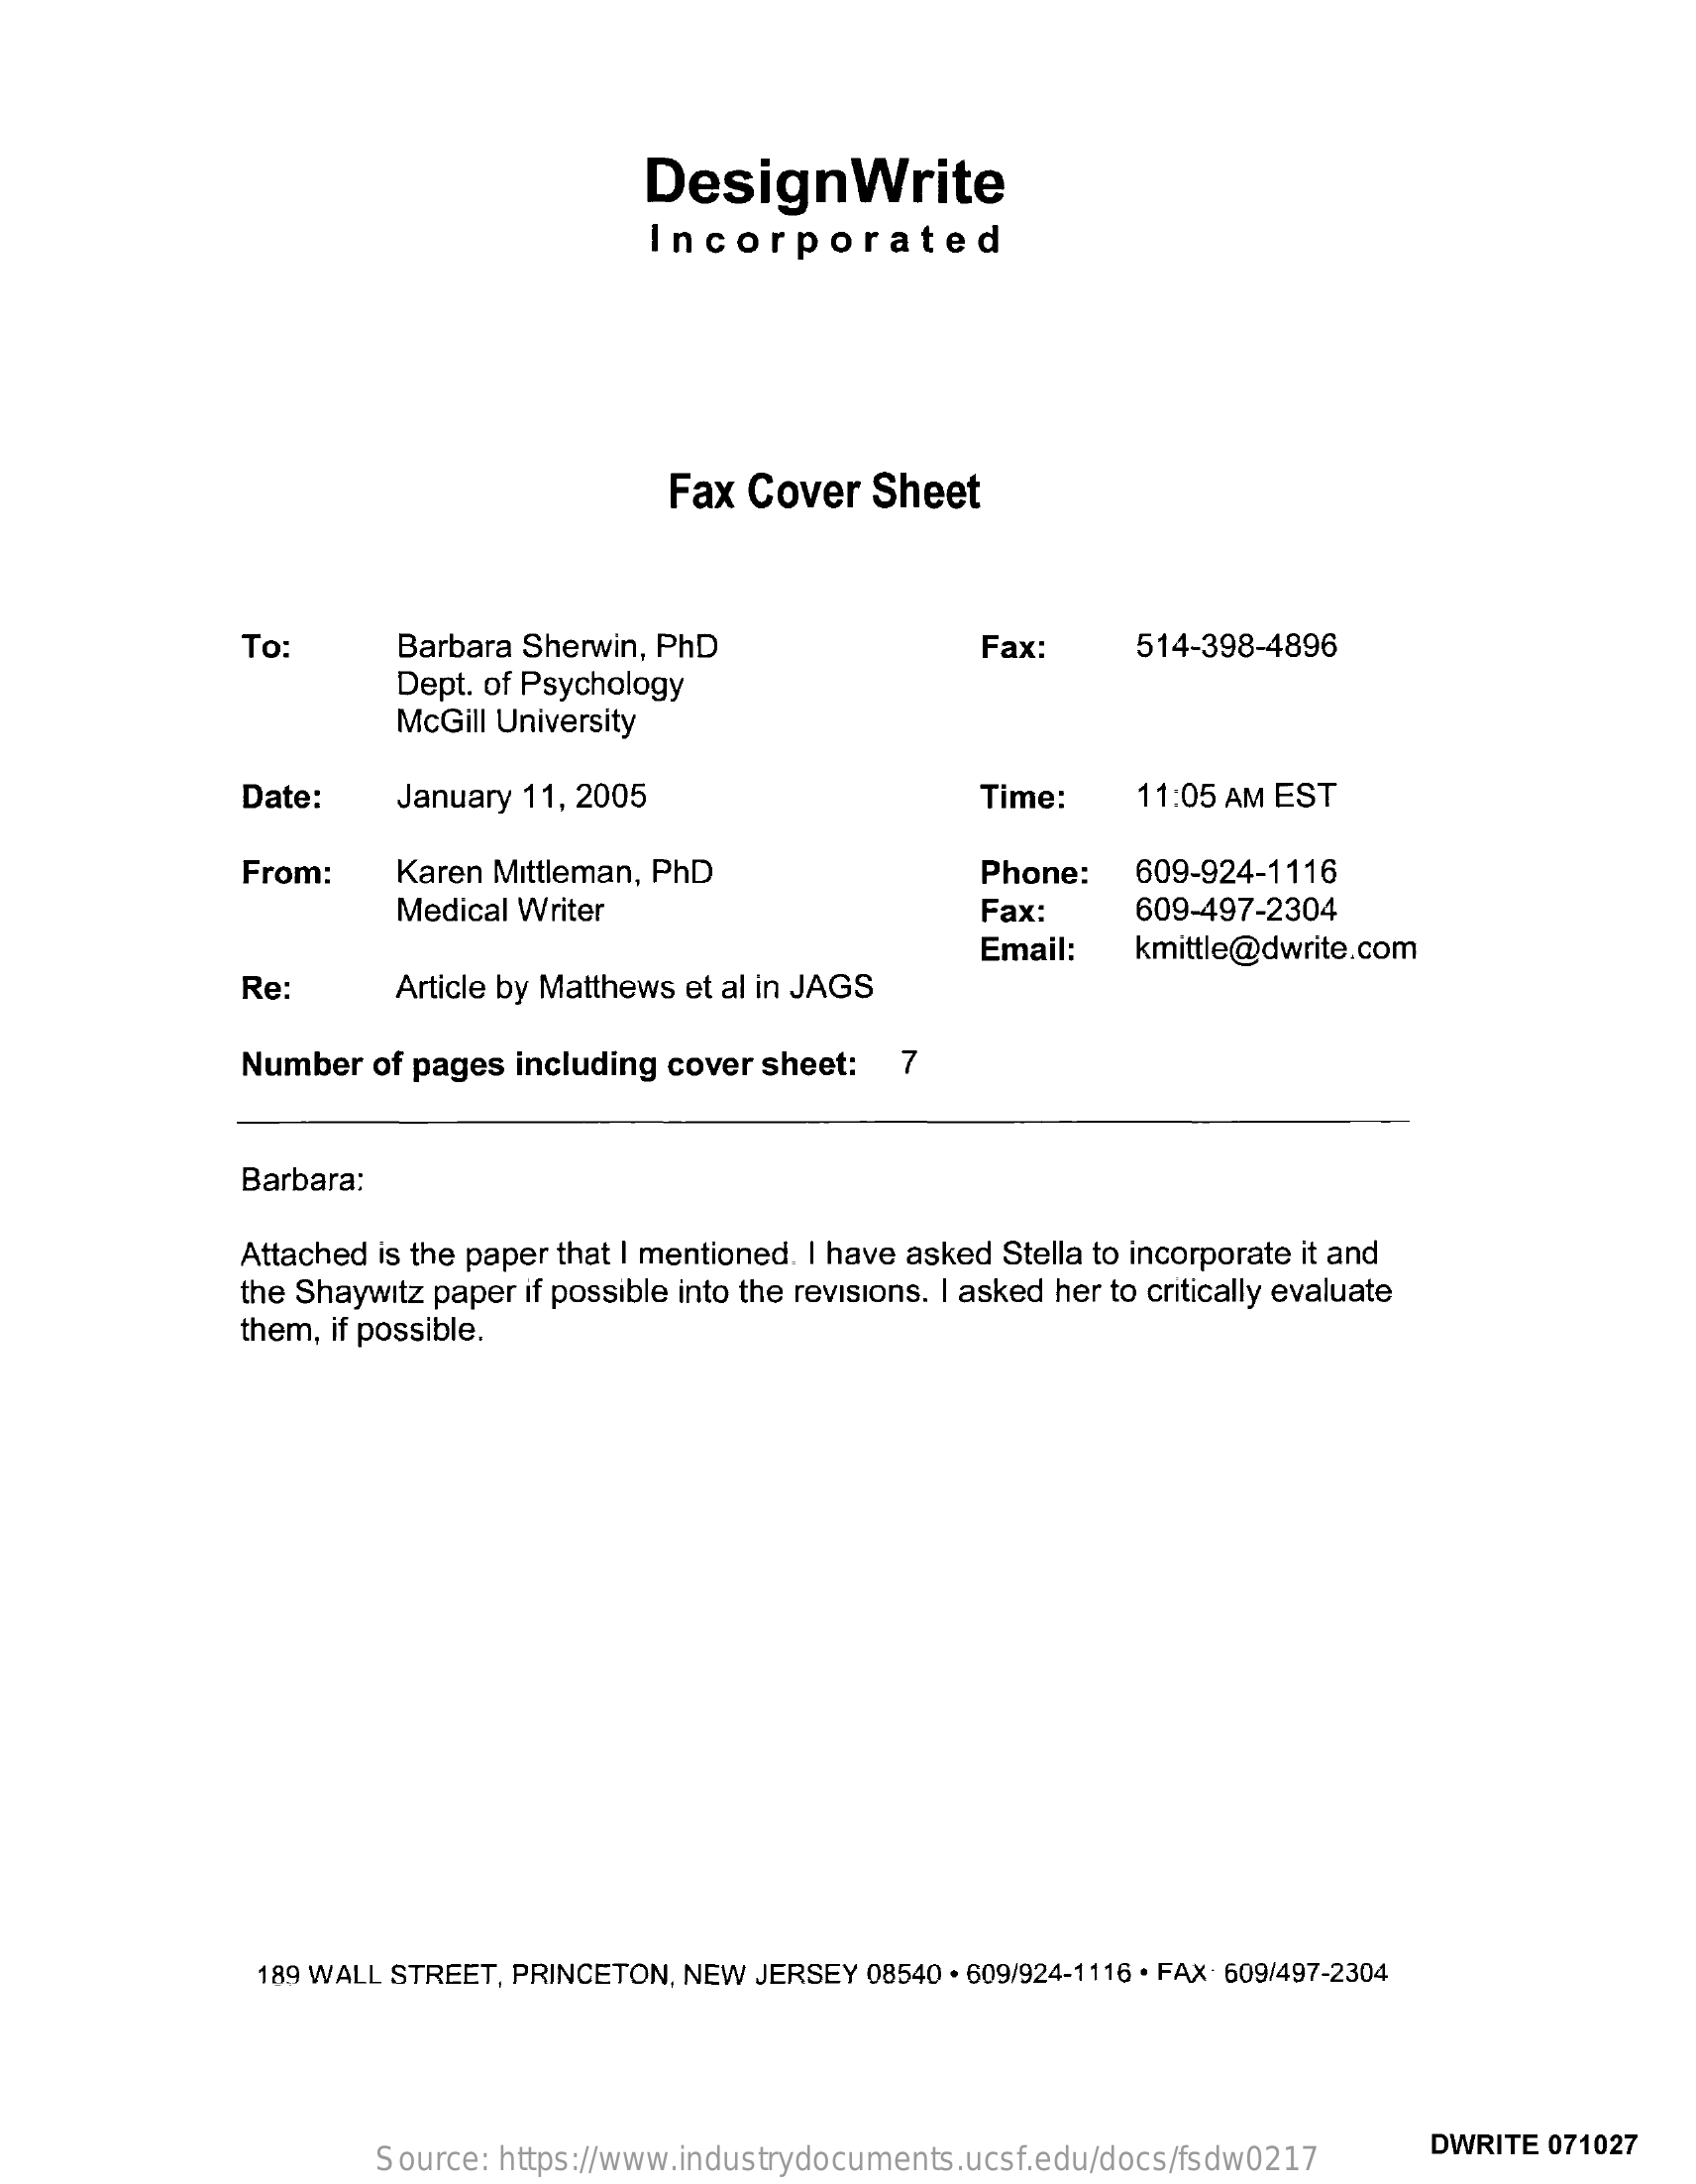
DesignWrite
     Incorporated
     Fax Cover    Sheet
     To:    Barbara Sherwin, PhD    Fax:    514-398-4896
     Dept. of Psychology
     McGill University
     Date:    January 11, 2005    Time:    11:05 AM EST
     From:    Karen Mittleman, PhD    Phone:   609-924-1116
     Medical Writer    Fax:    609-497-2304
     Email:   kmittle@dwrite.com
     Re:    Article by Matthews et al in JAGS
     Number  of pages including cover sheet:  7
     Barbara:
     Attached is the paper that I mentioned. I have asked Stella to incorporate it and
     the Shaywitz paper if possible into the revisions. I asked her to critically evaluate
     them, if possible.
     189 WALL STREET, PRINCETON, NEW JERSEY 08540 . 609/924-1116 . FAX: 609/497-2304
     Source: https://www.industrydocuments.ucsf.edu/docs/fsdw0217
     DWRITE 071027